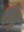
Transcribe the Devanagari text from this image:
होवु